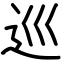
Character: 巡